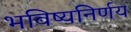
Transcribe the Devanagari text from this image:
भविष्यनिर्णय